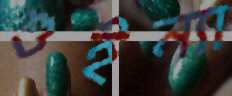
শুইন্যা